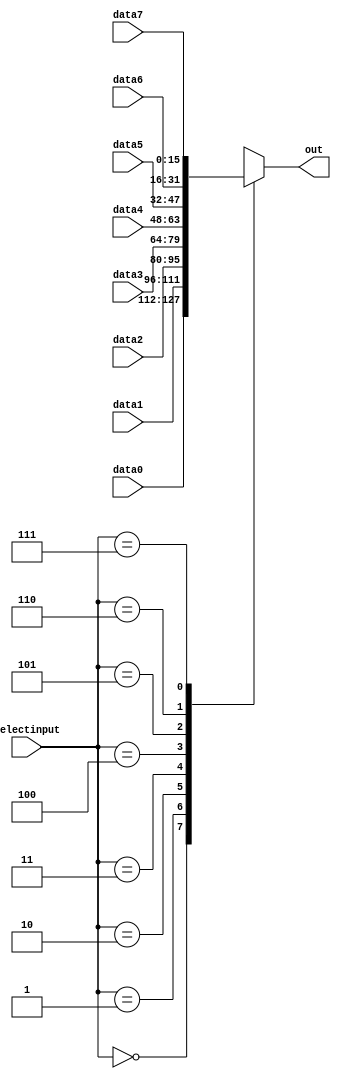
module mux16_8to1(data0,data1,data2,data3,data4,data5,data6,data7,selectinput,out);
input [15:0] data0,data1,data2,data3,data4,data5,data6,data7;
input [2:0] selectinput;
output reg [15:0] out;



always @(*)
begin

case (selectinput)
0:
	out = data0;
1:
	out = data1;
2:
        out = data2;
3:	
	out = data3;
4:
  out = data4;
5:
  out = data5;
6:
  out = data6;
7:
  out = data7;
	
default:
	out = data0;
endcase

end
	
endmodule